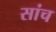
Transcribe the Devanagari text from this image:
सांच